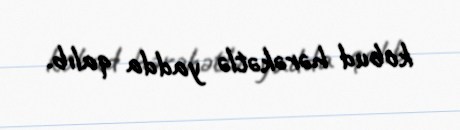
kobud hərəkətlə yadda qalıb.